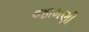
જામણી